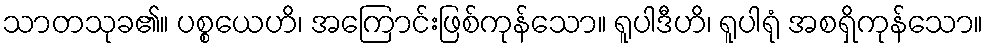
သာတသုခ၏။ ပစ္စယေဟိ၊ အကြောင်းဖြစ်ကုန်သော။ ရူပါဒီဟိ၊ ရူပါရုံ အစရှိကုန်သော။